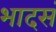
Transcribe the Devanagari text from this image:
भादसं